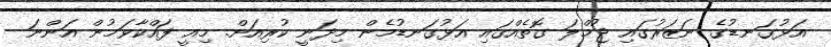
އަޅުގަނޑުގެ ނަޒަރުގައި ޖުމްލަ ގޮތެއްގައި އަޅުގަނޑުމެން މިދަނީ ކުރިއަށް. މިއީ ފައްކާވަމުން އަންނަ